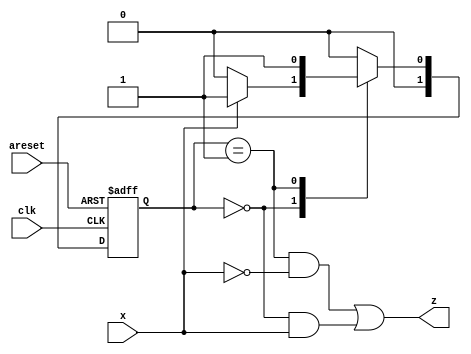
module top_module (
    input clk,
    input areset,
    input x,
    output z
); 
    
    parameter A = 0, B = 1;
    reg [1:0] state, next_state;

    always @(*) begin
        
        case (state)
            
            A: next_state = x ? B : A;
            B: next_state = B;
            default: next_state = A;
            
        endcase
        
    end
    
    always @(posedge clk or posedge areset) begin
        
        if (areset) begin
           state <= A; 
        end else begin
            
           state <= next_state; 
        end
        
    end
    assign z = ((state == B)&&(x == 0)) ||((state == A)&&(x == 1));
endmodule